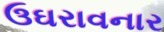
ઉઘરાવનાર